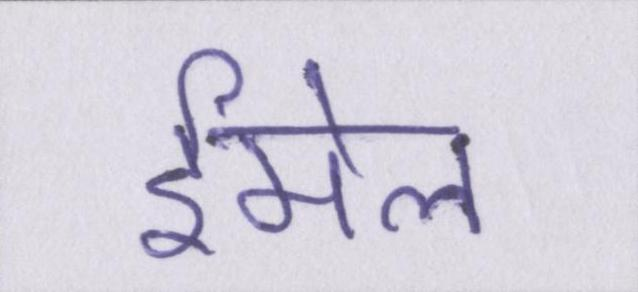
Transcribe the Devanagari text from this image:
ईमेल